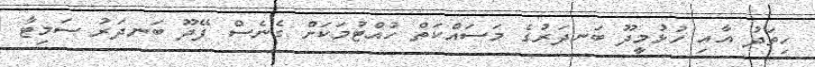
ހިތަދު އާއި ހުޅުމީދޫ ބަނދަރުގެ މަސައްކަތް ހުއްޓުމަކަށް ގެނެސް ފޭދޫ ބަނދަރު ސަމިޓާ